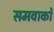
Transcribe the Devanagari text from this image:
समवाकों